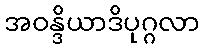
အဝန္ဒိယာဒိပုဂ္ဂလာ